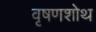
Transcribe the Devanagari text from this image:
वृषणशोथ